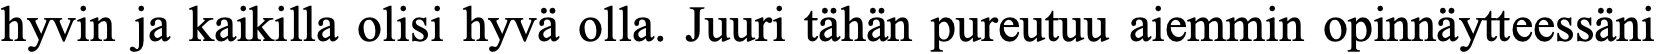
hyvin ja kaikilla olisi hyvä olla. Juuri tähän pureutuu aiemmin opinnäytteessäni